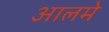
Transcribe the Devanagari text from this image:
आलमे